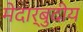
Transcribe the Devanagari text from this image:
मेदार्बुदीय